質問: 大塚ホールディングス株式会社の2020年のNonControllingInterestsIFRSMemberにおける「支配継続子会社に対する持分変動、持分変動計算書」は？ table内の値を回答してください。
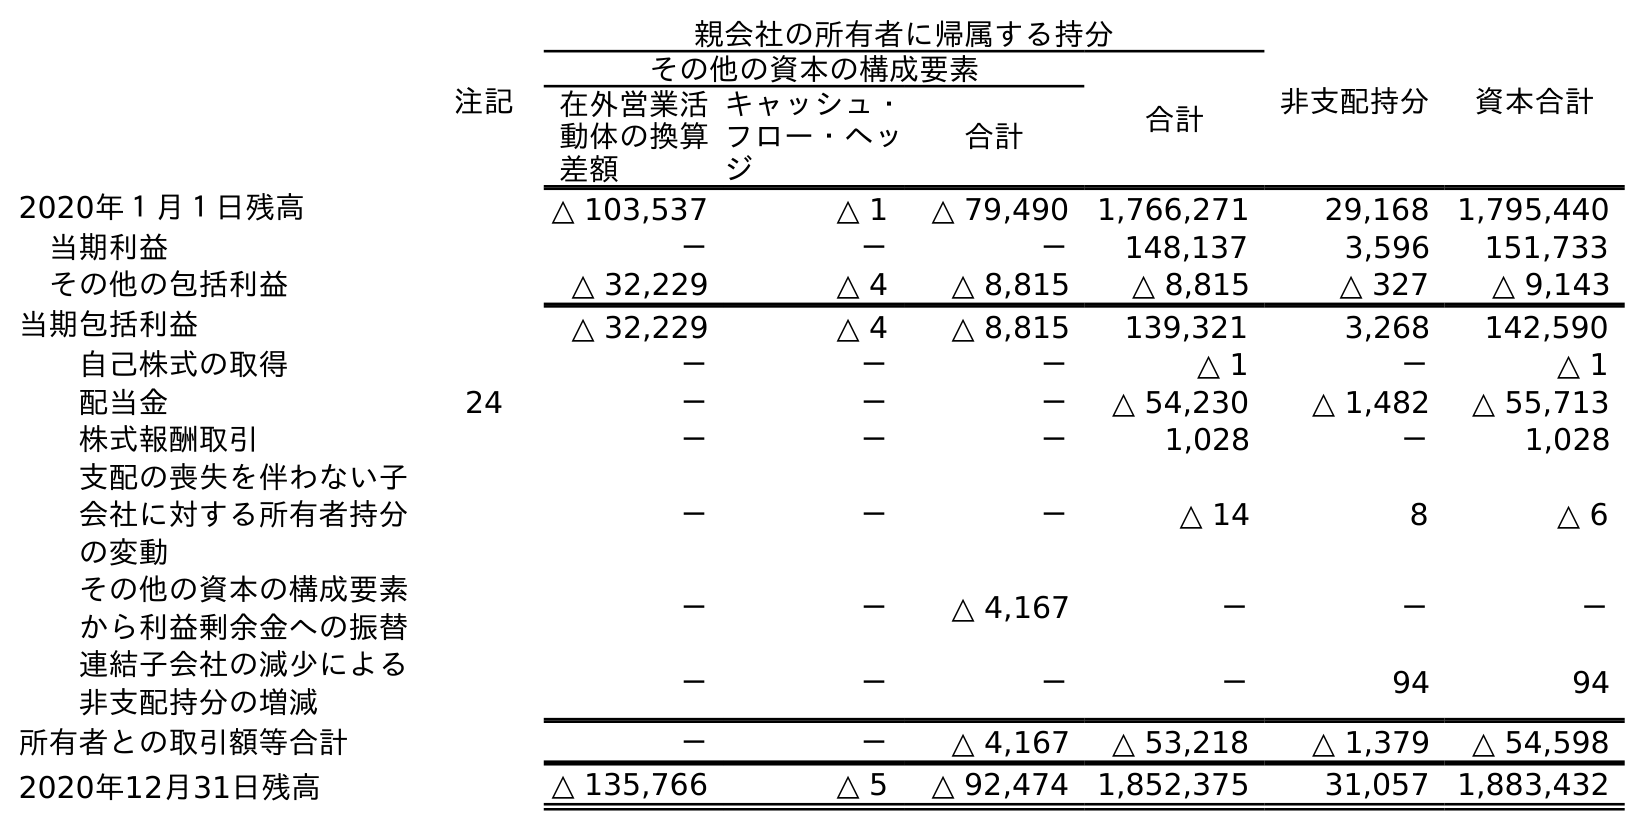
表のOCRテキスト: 注記 親会社の所有者に帰属する持分 非支配持分 資本合計 その他の資本の構成要素 合計 在外営業活 動体の換算 差額 キャッシュ・ フロー・ヘッ ジ 合計 2020年１月１日残高 △ 103,537 △ 1 △ 79,490 1,766,271 29,168 1,795,440 当期利益 － － － 148,137 3,596 151,733 その他の包括利益 △ 32,229 △ 4 △ 8,815 △ 8,815 △ 327 △ 9,143 当期包括利益 △ 32,229 △ 4 △ 8,815 139,321 3,268 142,590 自己株式の取得 － － － △ 1 － △ 1 配当金 24 － － － △ 54,230 △ 1,482 △ 55,713 株式報酬取引 － － － 1,028 － 1,028 支配の喪失を伴わない子 会社に対する所有者持分 の変動 － － － △ 14 8 △ 6 その他の資本の構成要素 から利益剰余金への振替 － － △ 4,167 － － － 連結子会社の減少による 非支配持分の増減 － － － － 94 94 所有者との取引額等合計 － － △ 4,167 △ 53,218 △ 1,379 △ 54,598 2020年12月31日残高 △ 135,766 △ 5 △ 92,474 1,852,375 31,057 1,883,432
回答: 8